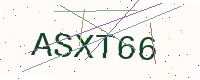
Text: ASXT66